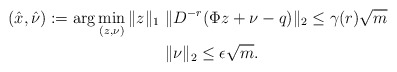
\begin{align*}(\hat{x},\hat{\nu}) := \arg\min\limits_{(z,\nu)}\|z\|_1 \ & \|D^{-r}(\Phi z+\nu-q )\|_2 \leq \gamma(r)\sqrt{m} \\ & \|\nu\|_2\leq \epsilon \sqrt m.\end{align*}